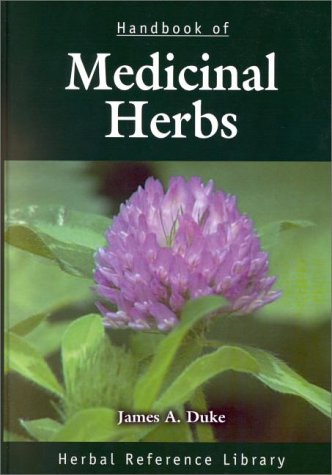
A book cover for Handbook of Medicinal Herbs: Herbal Reference Library; James A. Duke; Medical Books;